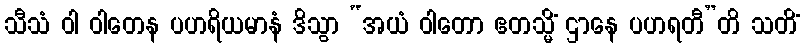
သီသံ ဝါ ဝါတေန ပဟရိယမာနံ ဒိသွာ “အယံ ဝါတော ဧတသ္မိံ ဌာနေ ပဟရတီ”တိ သတိံ